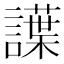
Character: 䜓